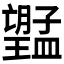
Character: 𭩔